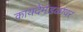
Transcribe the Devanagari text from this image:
कायदेमंडळावर